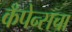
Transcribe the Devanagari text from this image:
कँपेन्सचा